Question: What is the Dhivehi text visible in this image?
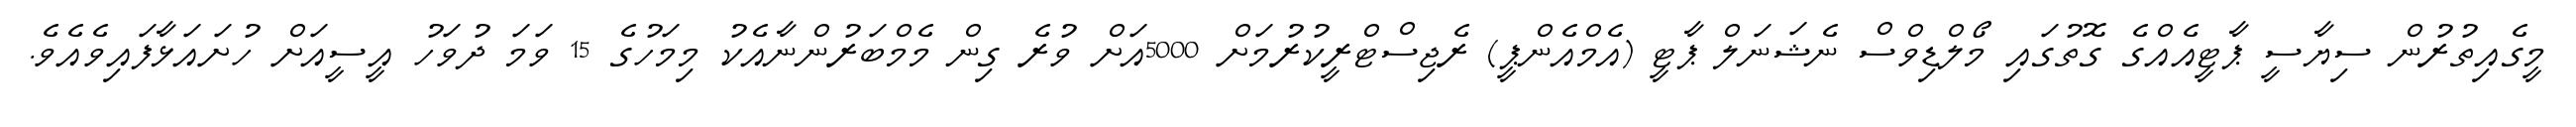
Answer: މީގެއިތުރުން ސިޔާސީ ޕާޓީއެއްގެ ގޮތުގައި މޯލްޑިވްސް ނެޝަނަލް ޕާޓީ (އެމްއެންޕީ) ރެޖިސްޓްރީކުރުމަށް 5000އަށް ވުރެ ގިން މެމްބަރުންނާއެކު މިމަހުގެ 15 ވަމަ ދުވަހު އީސީއަށް ހުށައަޅާފައިވެއެވެ.